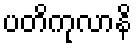
ပတိကုလာနိ